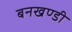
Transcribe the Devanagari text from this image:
बनखण्डी